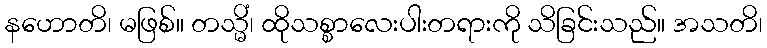
နဟောတိ၊ မဖြစ်။ တသ္မိံ၊ ထိုသစ္စာလေးပါးတရားကို သိခြင်းသည်။ အသတိ၊